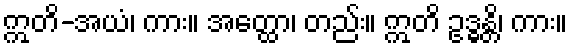
ဣတိ-အယံ၊ ကား။ အတ္ထော၊ တည်း။ ဣတိ ဥဒ္ဓန္တိ၊ ကား။